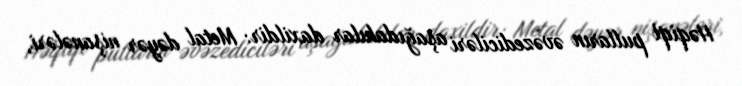
Həqiqi pulların əvəzediciləri aşağıdakılar daxildir: Metal dəyər nişanələri,